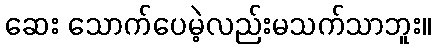
ဆေး သောက်ပေမဲ့လည်းမသက်သာဘူး။